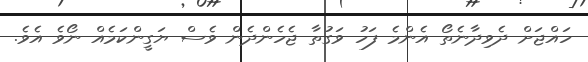
ހައްޖަށް ދެވިދާނެތޯ އެންމެ ފަހު ވަގުތާ ޖެހެންދެން ވެސް ޔަގީންކަމެއް ނޯވެ އެވެ.